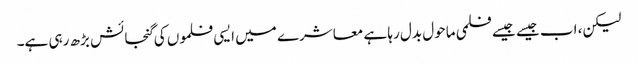
لیکن، اب جیسے جیسے فلمی ماحول بدل رہا ہے معاشرے میں ایسی فلموں کی گنجائش بڑھ رہی ہے۔